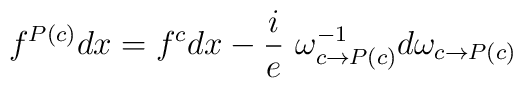
f^{P(c)} dx = f^{c} dx - \frac{i}{e} ~\omega_{c \rightarrow P(c)}^{-1} d \omega_{c \rightarrow P(c)}